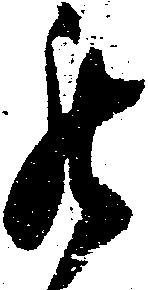
罷